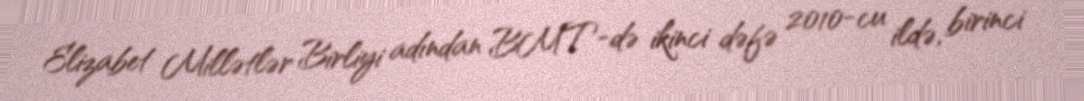
Elizabet Millətlər Birliyi adından BMT-də ikinci dəfə 2010-cu ildə, birinci